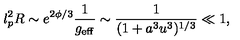
l _ { p } ^ { 2 } R \sim e ^ { 2 \phi / 3 } \frac { 1 } { g _ { \mathrm { e f f } } } \sim \frac { 1 } { ( 1 + a ^ { 3 } u ^ { 3 } ) ^ { 1 / 3 } } \ll 1 ,